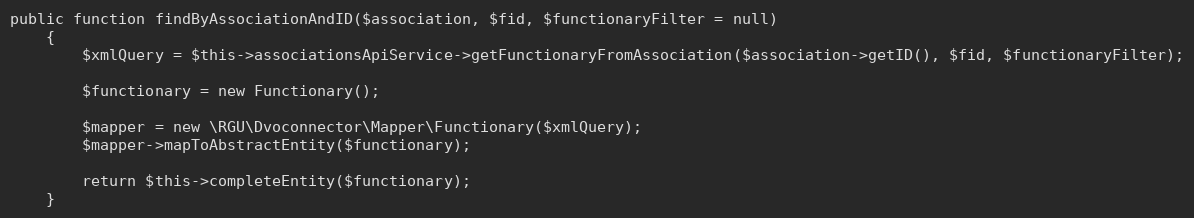
Language: PHP
public function findByAssociationAndID($association, $fid, $functionaryFilter = null)
    {
        $xmlQuery = $this->associationsApiService->getFunctionaryFromAssociation($association->getID(), $fid, $functionaryFilter);

        $functionary = new Functionary();

        $mapper = new \RGU\Dvoconnector\Mapper\Functionary($xmlQuery);
        $mapper->mapToAbstractEntity($functionary);

        return $this->completeEntity($functionary);
    }